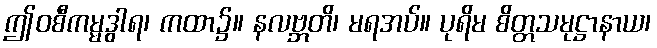
ဤဝစီကမ္မဒွါရ၊ ကထာ၌။ နလဗ္ဘတိ၊ မရအပ်။ ပုရိမ စိတ္တသမုဋ္ဌာနာယ၊